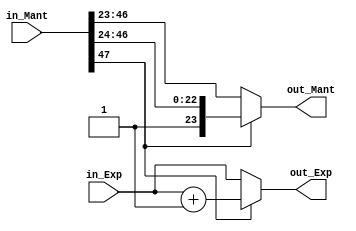
// Multiplier Normaliser
module MultNorm(in_Exp, in_Mant, out_Exp, out_Mant);
    input [7:0] in_Exp;
    input [47:0] in_Mant;

    output [7:0] out_Exp;
    output [23:0] out_Mant;

    assign out_Exp = (in_Mant[47]) ? (in_Exp + 8'd1) : in_Exp;
    assign out_Mant = (in_Mant[47]) ? in_Mant[47:24] : in_Mant[46:23];
endmodule